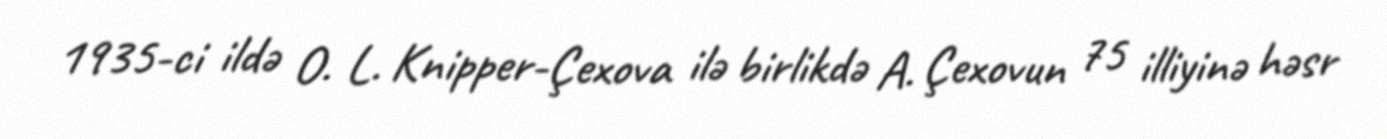
1935-ci ildə O. L. Knipper-Çexova ilə birlikdə A. Çexovun 75 illiyinə həsr